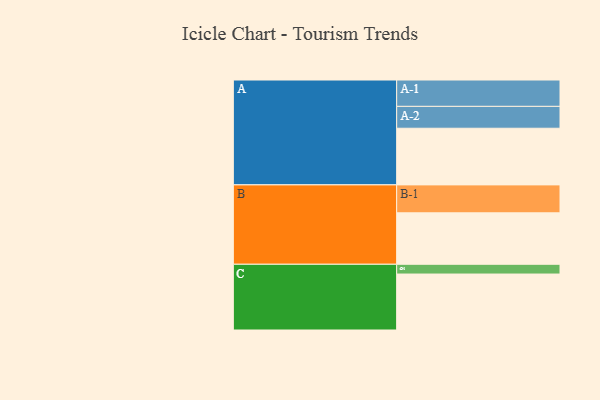
{"axis": {"x": "Segment", "y": "Value"}, "legend": ["", "A", "B", "C"], "data": [{"x": "A", "y": 580, "type": ""}, {"x": "B", "y": 527, "type": ""}, {"x": "C", "y": 573, "type": ""}, {"x": "A-1", "y": 270, "type": "A"}, {"x": "A-2", "y": 224, "type": "A"}, {"x": "B-1", "y": 286, "type": "B"}, {"x": "C-1", "y": 100, "type": "C"}]}